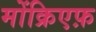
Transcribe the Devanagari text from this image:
मोंक्रिएफ़